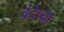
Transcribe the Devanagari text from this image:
वृंदेच्या